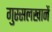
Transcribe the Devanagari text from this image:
गुस्सलखानें